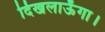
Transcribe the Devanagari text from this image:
दिखलाऊँगा।